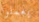
يعملوا